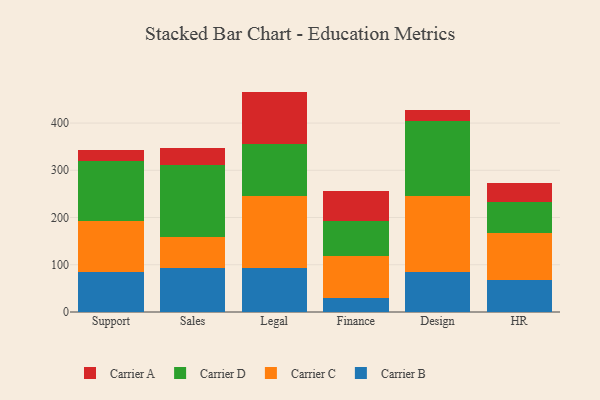
{"axis": {"x": "Department", "y": "Population (Million)"}, "legend": ["Carrier A", "Carrier B", "Carrier C", "Carrier D"], "data": [{"x": "Support", "y": 83.7, "type": "Carrier B"}, {"x": "Support", "y": 108.2, "type": "Carrier C"}, {"x": "Support", "y": 127.1, "type": "Carrier D"}, {"x": "Support", "y": 24.6, "type": "Carrier A"}, {"x": "Sales", "y": 92.4, "type": "Carrier B"}, {"x": "Sales", "y": 65.5, "type": "Carrier C"}, {"x": "Sales", "y": 153.8, "type": "Carrier D"}, {"x": "Sales", "y": 35.9, "type": "Carrier A"}, {"x": "Legal", "y": 92.2, "type": "Carrier B"}, {"x": "Legal", "y": 153.2, "type": "Carrier C"}, {"x": "Legal", "y": 110.9, "type": "Carrier D"}, {"x": "Legal", "y": 110.3, "type": "Carrier A"}, {"x": "Finance", "y": 28.9, "type": "Carrier B"}, {"x": "Finance", "y": 90.3, "type": "Carrier C"}, {"x": "Finance", "y": 74.0, "type": "Carrier D"}, {"x": "Finance", "y": 62.8, "type": "Carrier A"}, {"x": "Design", "y": 85.7, "type": "Carrier B"}, {"x": "Design", "y": 160.5, "type": "Carrier C"}, {"x": "Design", "y": 158.8, "type": "Carrier D"}, {"x": "Design", "y": 21.9, "type": "Carrier A"}, {"x": "HR", "y": 68.7, "type": "Carrier B"}, {"x": "HR", "y": 98.2, "type": "Carrier C"}, {"x": "HR", "y": 66.3, "type": "Carrier D"}, {"x": "HR", "y": 40.4, "type": "Carrier A"}]}